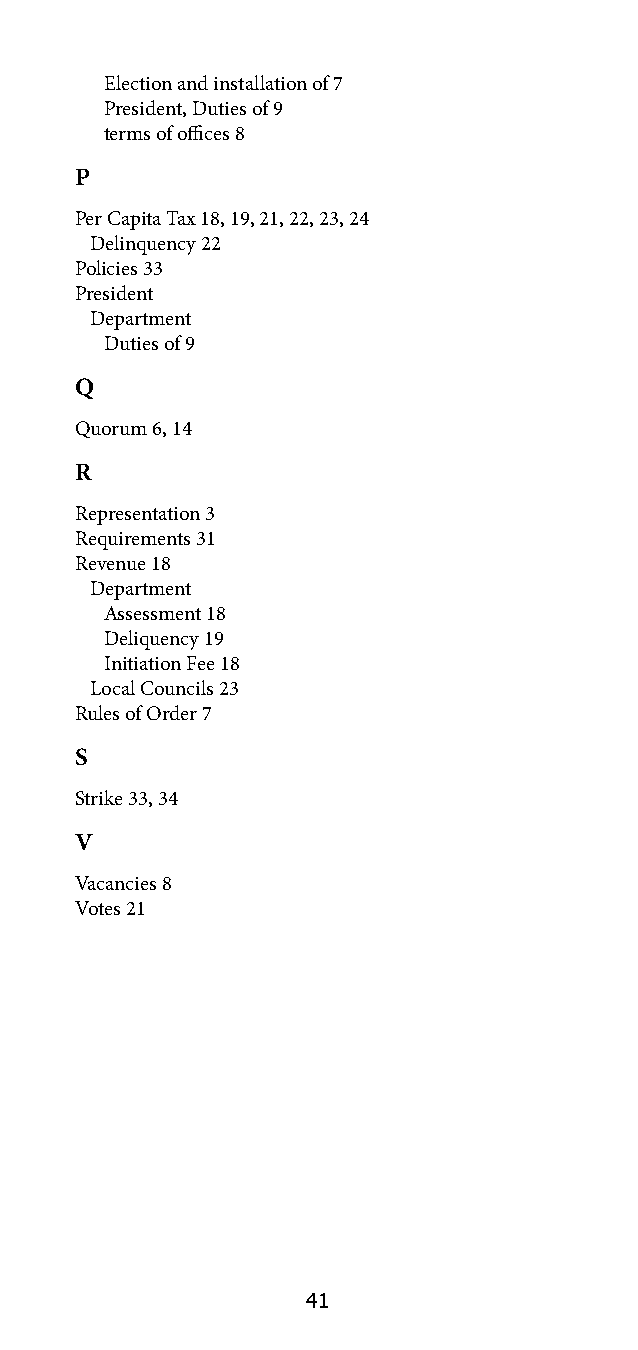
Election and installation of 7
 President, Duties of 9
 terms of offices 8
 P
 Per Capita Tax 18, 19, 21, 22, 23, 24
 Delinquency 22
 Policies 33
 President
 Department
 Duties of 9
 Q
 Quorum 6, 14
 R
 Representation 3
 Requirements 31
 Revenue 18
 Department
 Assessment 18
 Deliquency 19
 Initiation Fee 18
 Local Councils 23
 Rules of Order 7
 S
 Strike 33, 34
 V
 Vacancies 8
 Votes 21
 41